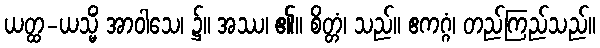
ယတ္ထ-ယသ္မိံ အာဝါသေ၊ ၌။ အဿ၊ ၏။ စိတ္တံ၊ သည်။ ဧကဂ္ဂံ၊ တည်ကြည်သည်။